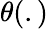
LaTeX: \theta(.)